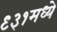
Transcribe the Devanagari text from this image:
९३१मध्ये